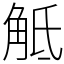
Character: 觝